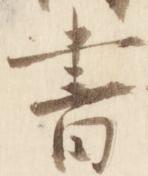
書